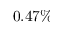
0 . 4 7 \%